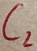
Text: C2